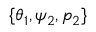
\{ \theta _ { 1 } , \psi _ { 2 } , p _ { 2 } \}